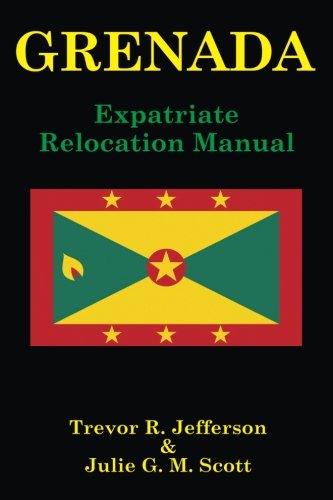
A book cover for GRENADA: Expatriate Relocation Manual; Trevor R. Jefferson; Travel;